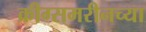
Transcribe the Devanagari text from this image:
क्रीग्समरीनच्या